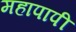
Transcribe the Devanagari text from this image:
महापापी